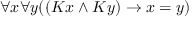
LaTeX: \forall x \forall y ( ( K x \land K y ) \rightarrow x = y )